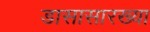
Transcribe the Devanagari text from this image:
डासासारख्या